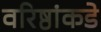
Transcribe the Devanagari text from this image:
वरिष्ठांकडे